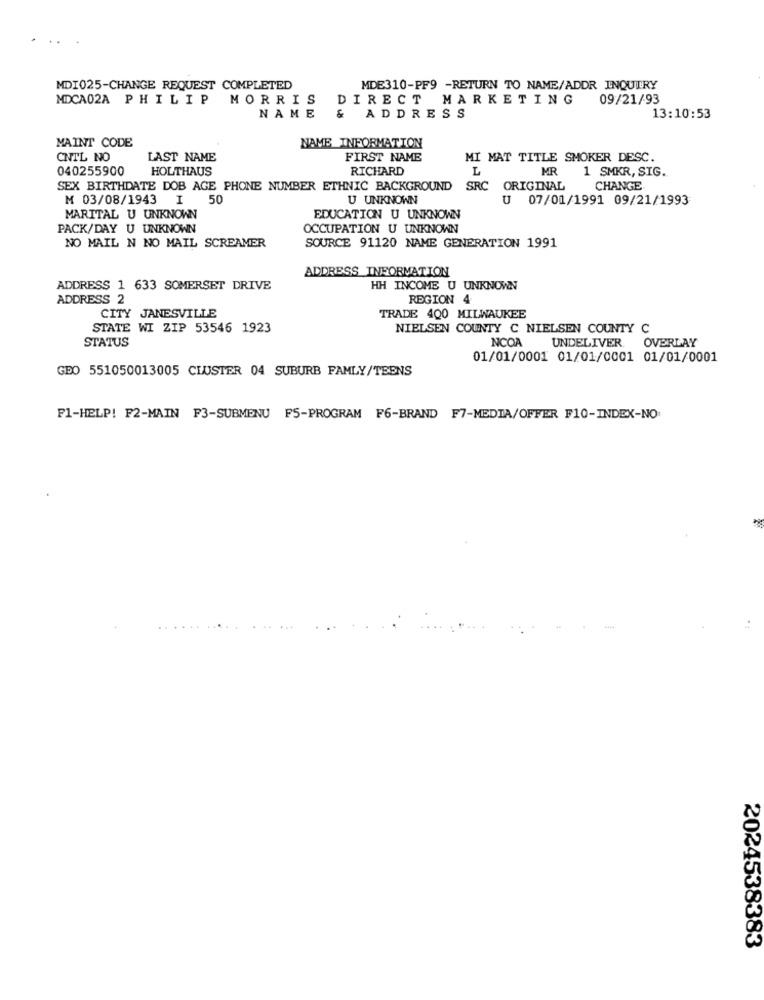
MDI025-CHANGE REQUEST COMPLETED
MDE310-PF9 -RETURN TO NAME/ADDR INQUIRY
MDCA02A PHILIP MORRIS
DIRECT MARKETING
09/21/93
NAME
ADDRESS
13:10:53
MAINT CODE
NAME_INFORMATION
CNTL NO
LAST NAME
FIRST NAME
MI MAT TITLE SMOKER DESC.
040255900
HOLTHAUS
RICHARD
L
MR
1 SMKR, SIG.
SEX BIRTHDATE DOB AGE PHONE NUMBER ETHNIC BACKGROUND
SRC ORIGINAL
CHANGE
M 03/08/1943 I 50
U UNKNOWN
07/01/1991 09/21/1993
MARITAL U UNKNOWN
EDUCATION U UNKNOWN
PACK/DAY U UNKNOWN
OCCUPATION U UNKNOWN
NO MAIL N NO MAIL SCREAMER
SOURCE 91120 NAME GENERATION 1991
ADDRESS INFORMATION
ADDRESS 1 633 SOMERSET DRIVE
HH INCOME U UNKNOWN
ADDRESS 2
REGION 4
CITY JANESVILLE
TRADE 400 MILWAUKEE
STATE WI ZIP 53546 1923
NIELSEN COUNTY C NIELSEN COUNTY C
STATUS
NCOA UNDELIVER OVERLAY
01/01/0001 01/01/0001 01/01/0001
GEO 551050013005 CLUSTER 04 SUBURB FAMLY/TEENS
F1-HELP! F2-MAIN F3-SUBMENU F5-PROGRAM F6-BRAND F7-MEDIA/OFFER F10-INDEX-NO:
2024538383